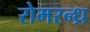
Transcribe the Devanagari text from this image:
रोमरन्ध्र